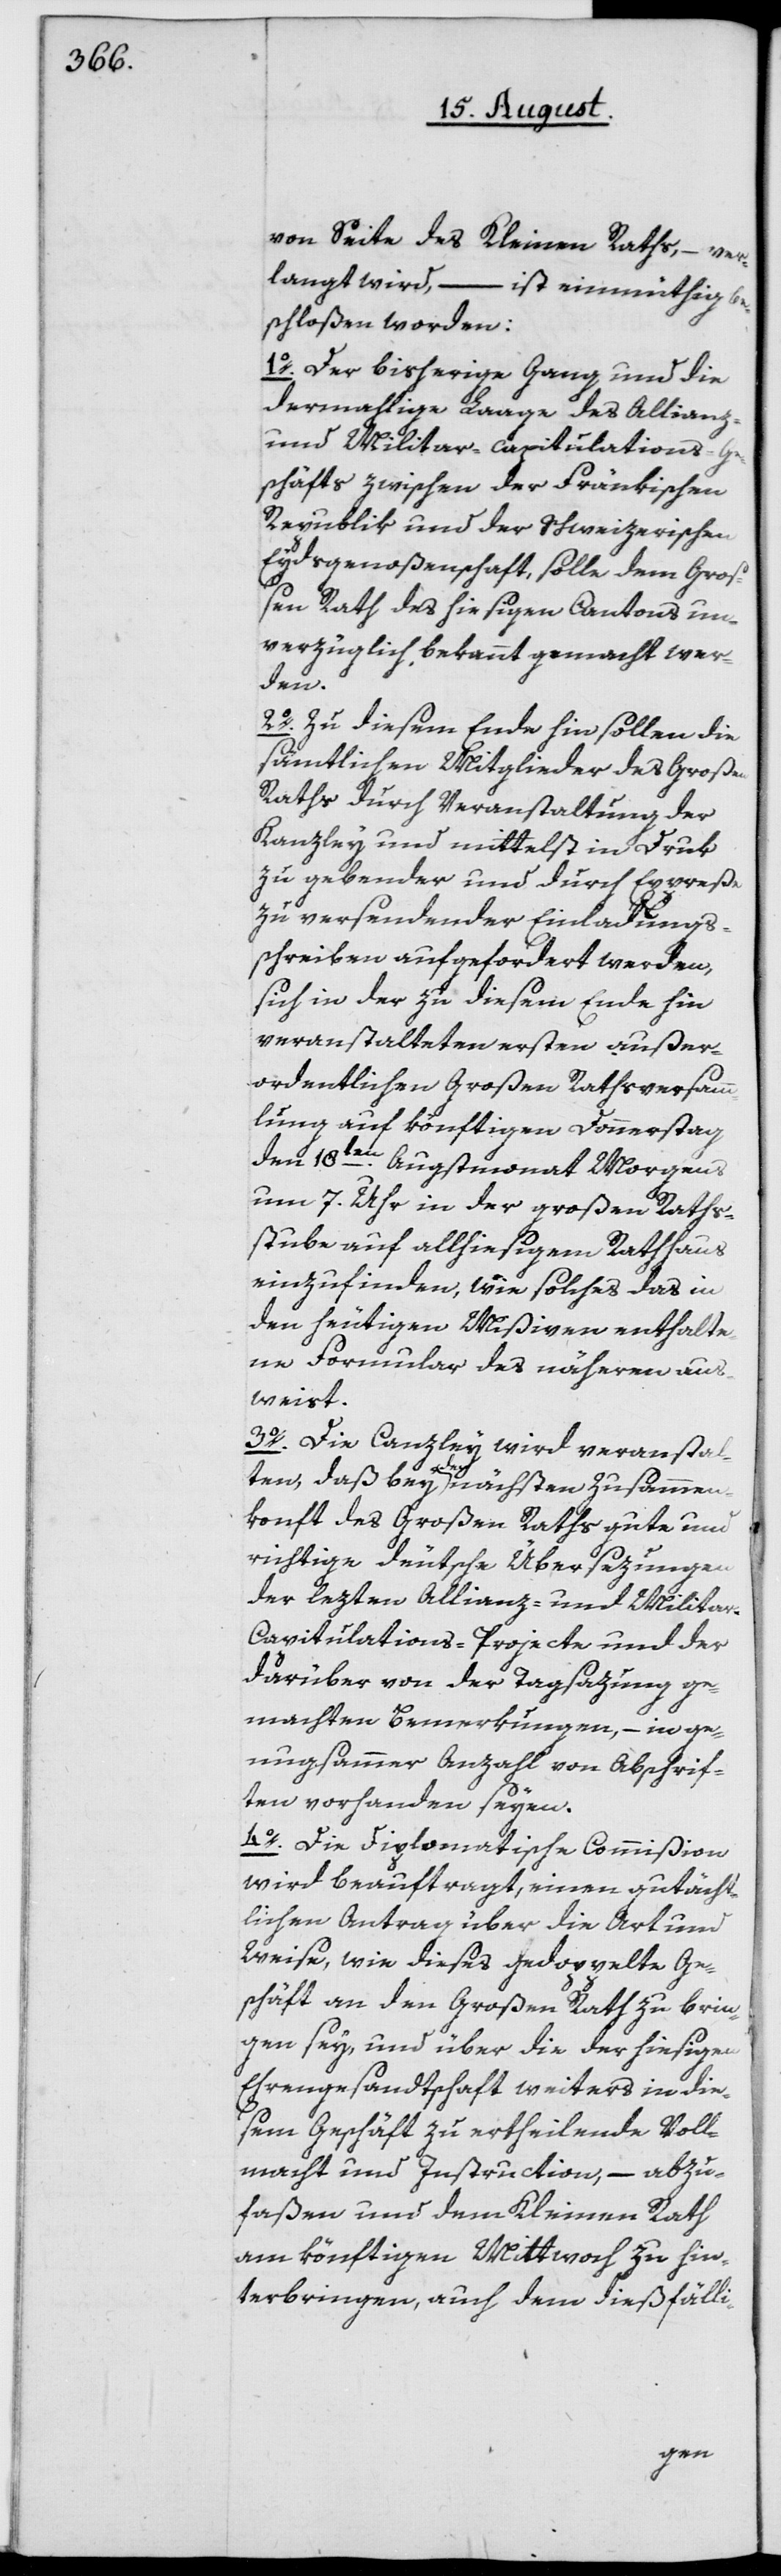
von Seite des Kleinen Raths, – ver¬
langt wird, – ist einmüthig be¬
schloßen worden:
1o. Der bisherige Gang und die
dermahlige Laage des Allianz-
und Militar-Capitulations-G¬
eschäft zwischen der Fränkischen
Republik und der Schweizerischen
Eydsgenoßenschaft, solle dem Groß¬
en Rath des hiesigen Cantons un¬
verzüglich bekannt gemacht wer¬
den.
2o. Zu diesem Ende hin sollen die
sämtlichen Mitglieder des Großen
Raths durch Veranstaltung der
Kanzley und mittelst in Druk
zu gebender und durch Expreße
zu versendender Einladungs¬
schreiben aufgefordert werden,
sich in der zu diesem Ende hin
veranstalteten ersten außer¬
ordentlichen Großen Rathsversamm¬
lung auf könftigen Donnerstag
den 18ten Augstmonat Morgens
um 7. Uhr in der großen Raths¬
stube auf allhiesigem Rathhaus
einzufinden, wie solches das in
den heutigen Mißiven enthalte¬
ne Formular des näheren aus¬
weist.
3o. Die Canzley wird veransta¬
men¬
konft des Großen Raths gute und
richtige deutsche Übersezungen
der lezten Allianz- und Milita¬
r-Capitulations-Projecte und der
darüber von der Tagsazung ge¬
machten Bemerkungen, – in ge¬
nugsammer Anzahl von Abschrif¬
ten vorhanden seyen.
4o. Die Diplomatische Commißion
wird beauftragt, einen gutächt¬
lichen Antrag über die Art und
Weise, wie dieses gedoppelte Ge¬
schäft an den Großen Rath zu brin¬
gen sey, und über die der hiesigen
Ehrengesandtschaft weiters in die¬
sem Geschäft zu ertheilende Voll¬
macht und Instruction, – abzu¬
faßen und dem Kleinen Rath
am könftigen Mittwoch zu hin¬
terbringen, auch dem dießfälli-